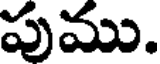
పుము.